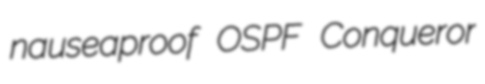
nauseaproof OSPF Conqueror